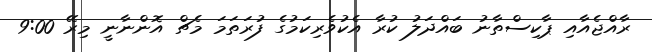
ރާއްޖެއާއި ޕާކިސްތާނު ބައްދަލު ކުރާ އެކުވެރިކަމުގެ ފުރަތަމަ މެޗް އޮންނާނީ މިރޭ 9:00